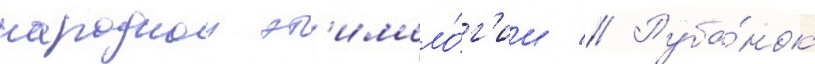
народнои эт'имоло́г'ии // Руба́нок